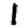
Digit: 1